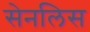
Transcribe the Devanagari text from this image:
सेनलिस